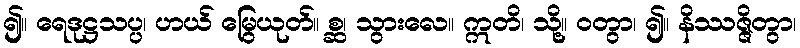
၍။ ရေဒုဋ္ဌသပ္ပ၊ ဟယ် မြွေယုတ်။ စ္ဆ၊ သွားလေ။ ဣတိ၊ သို့။ ဝတွာ၊ ၍။ နိဿဇ္ဇိတွာ၊